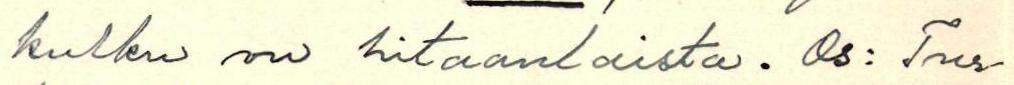
kulku on hitaanlaista. Os: Tur-